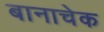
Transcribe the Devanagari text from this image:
बानाचेक